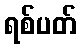
ရစ်ပတ်